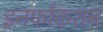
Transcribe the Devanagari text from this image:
इनर्फाकशन